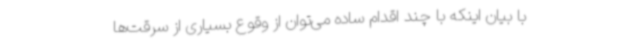
با بیان اینکه با چند اقدام ساده می‌توان از وقوع بسیاری از سرقت‌ها